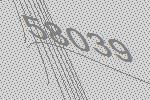
58039